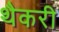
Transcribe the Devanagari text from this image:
थैकरी